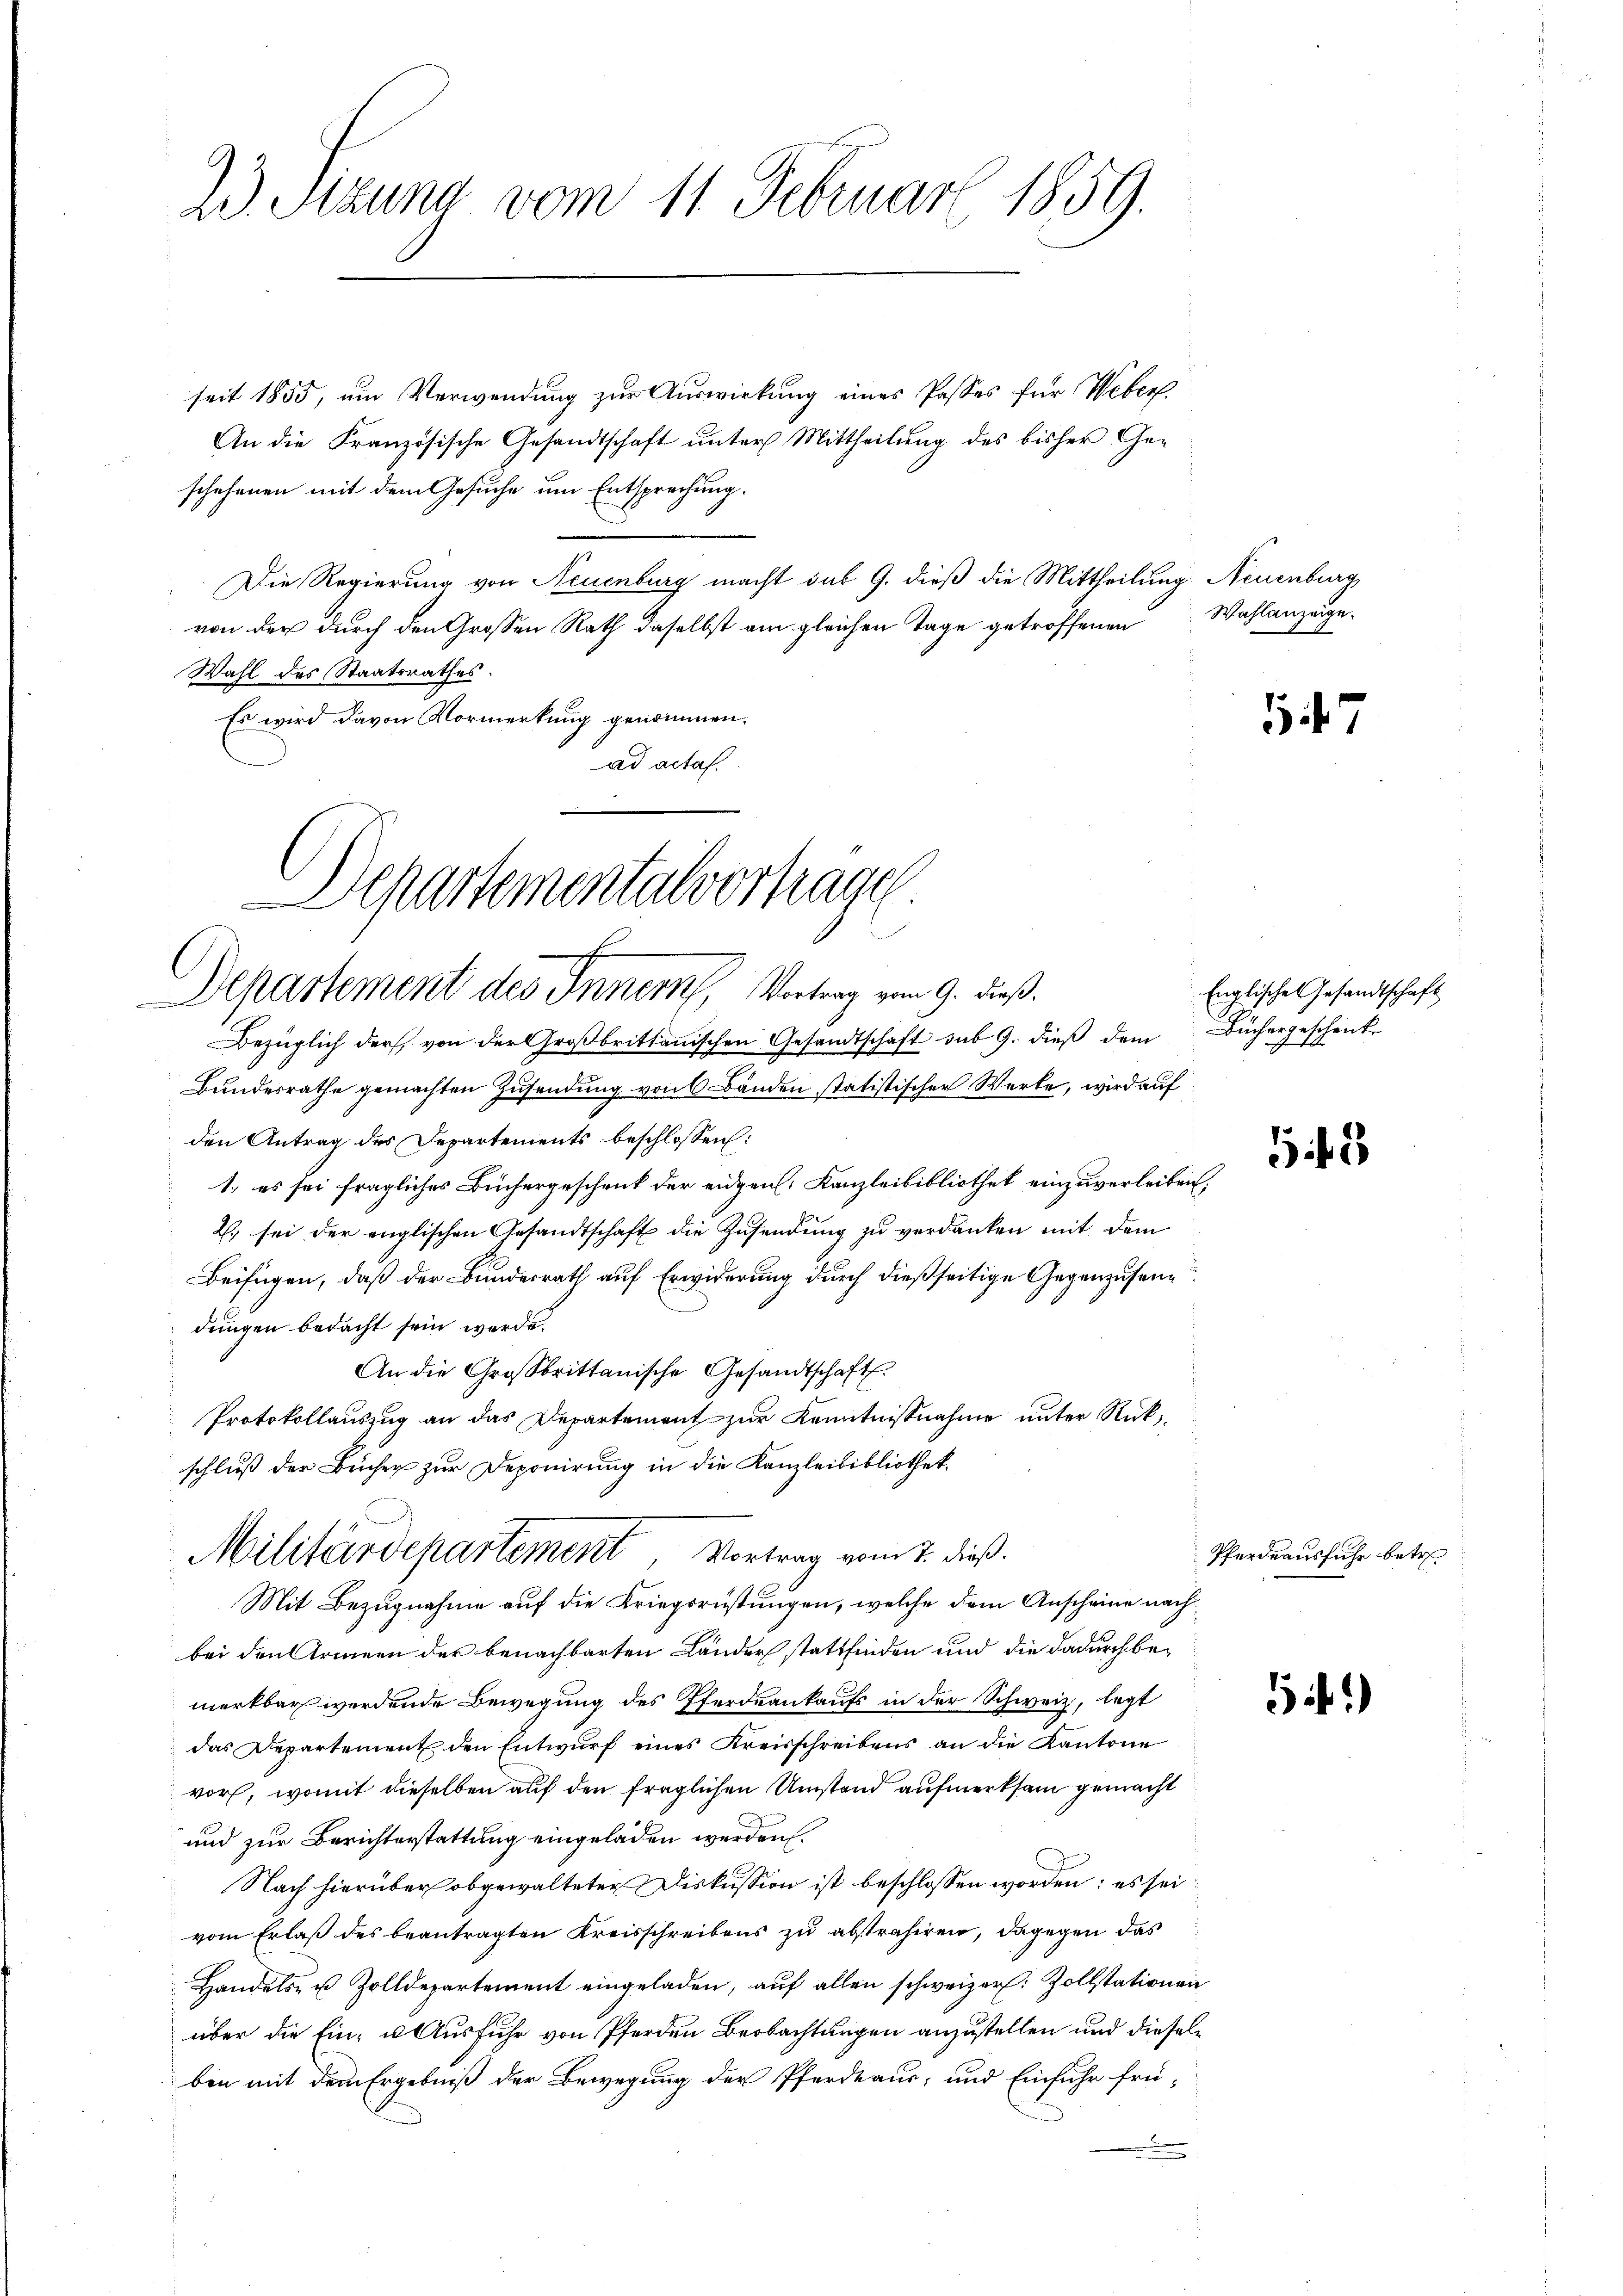
23. Sitzung vom 11. Februar 1859.

seit 1855, um Verwendung zur Auswirkung eines Passes für Weber
An die Französische Gesandtschaft unter Mittheilung des bisher Geschehenen mit dem Gesuche um Entsprechung.
Die Regierung von Neuenburg macht sub 9. dieß die Mittheilung. Neuenburg
von der durch den Grossen Rath daselbst am gleichen Tage getroffenen
Wahl des Staatsrathes.
Es wird davon Vormerkung genommen.
ad actaf.
Bezüglich der von der Großbrittannischen Gesandtschaft sub 9. dieß dem Büchergeschenk
Bundesrathe gemachten Zusendung von 6 Bänden statistischer Werke, wird auf
den Antrag des Departements beschlossen:
1., es sei fragliches Büchergeschenk der eidgen. Kanzleibibliothek einzuverleiben,
2. sei der englischen Gesandtschaft die Zusendung zu verdanken mit dem
Beifügen, daß der Bundesrath auf Erwiderung durch dießseitige Gegenzusendungen bedacht sein werde.
An die Großbrittanische Gesandtschaft
Protokollauszug an das Departement zur Kenntnißnahme unter Rückschluß der Bücher zur Deponirung in die Kanzleibibliothek
Militärdepartement Vortrag vom 7. dieß.
Mit Bezugnahme auf die Kriegsrüstungen, welche dem Anscheine nach
bei den Armeen der benachbarten Lander stattfinden und die dadurch bemerkbar werdende Bewegung des Pferdeaukaufs in der Schweiz, legt
das Departement den Entwurf eines Kreisschreibens an die Kantone
vor, womit dieselben auf den fraglichen Umstand aufmerksam gemacht
und zur Berichterstattung eingeladen werden.
Nach hierüber obgewalteter Diskussion ist beschlossen worden: es sei
vom Erlaß des beantragten Kreisschreibens zu abstrahiren, dagegen das
Handels- u. Zolldepartement eingeladen, auf allen schweizer. Zollstationen
über die Ein- u. Ausfuhr von Pferden Beobachtungen anzustellen und dieselben mit dem Ergebniß der Bewegung der Pferdeaus; und Einfuhr frü¬

Departementalvertrage
Departement des Inner, Vortrag vom 9. dieß.

Wahlanzeige.
A

Englische Gesandtschaft

1

52

Pferdeausfuhr betre

51)